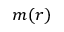
m ( r )